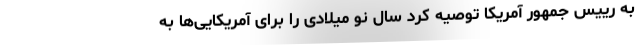
به رییس جمهور آمریکا توصیه کرد سال نو میلادی را برای آمریکایی‌ها به